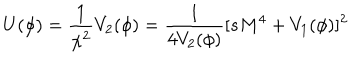
U ( \phi ) = \frac { 1 } { \chi ^ { 2 } } V _ { 2 } ( \phi ) = \frac { 1 } { 4 V _ { 2 } ( \phi ) } [ s M ^ { 4 } + V _ { 1 } ( \phi ) ] ^ { 2 }